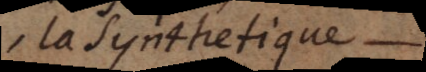
, la synthetique